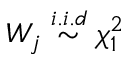
W _ { j } \stackrel { i . i . d } { \sim } \chi _ { 1 } ^ { 2 }